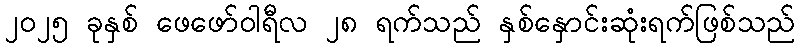
၂၀၂၅ ခုနှစ် ဖေဖော်ဝါရီလ ၂၈ ရက်သည် နှစ်နှောင်းဆုံးရက်ဖြစ်သည်